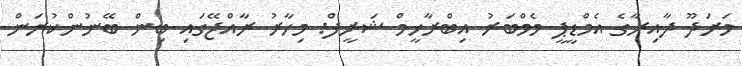
މަރަދޫ ދާއިރާގެ އެމްޑީޕީ މެމްބަރު އިބްރާހީމް ޝަރީފް: މިހާރު ރާއްޖޭގައި ބިން ބޭނުންކުރަން